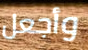
وأجعل